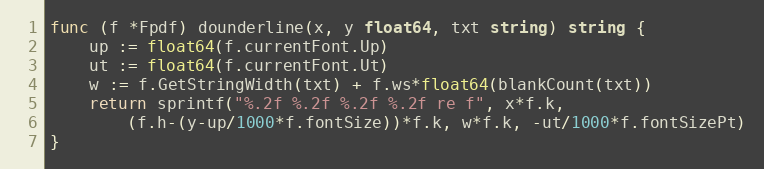
Language: Go
func (f *Fpdf) dounderline(x, y float64, txt string) string {
	up := float64(f.currentFont.Up)
	ut := float64(f.currentFont.Ut)
	w := f.GetStringWidth(txt) + f.ws*float64(blankCount(txt))
	return sprintf("%.2f %.2f %.2f %.2f re f", x*f.k,
		(f.h-(y-up/1000*f.fontSize))*f.k, w*f.k, -ut/1000*f.fontSizePt)
}